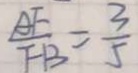
\frac { A F } { F B } = \frac { 3 } { 5 }